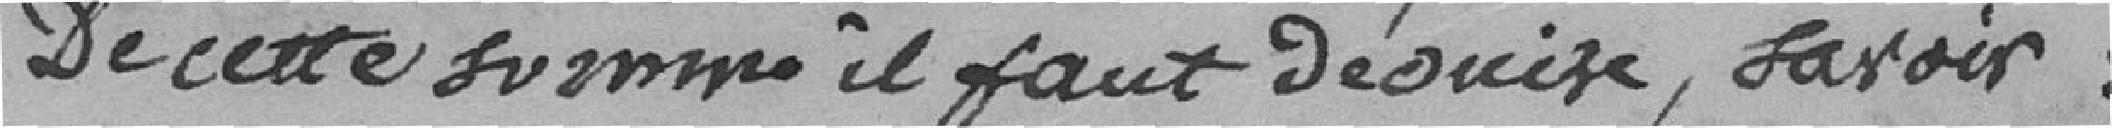
De cette somme, il faut déduire, savoir :